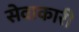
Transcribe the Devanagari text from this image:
सेवाकारी